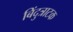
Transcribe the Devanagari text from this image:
बिंदुत्राटक